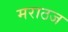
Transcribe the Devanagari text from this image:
मराठज